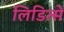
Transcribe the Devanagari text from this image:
लिडित्से